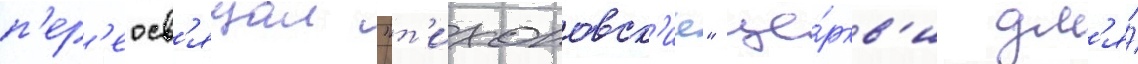
п'ер'еосв'ящал "т'ихоновск'ие" це́ркв'и дл'я́